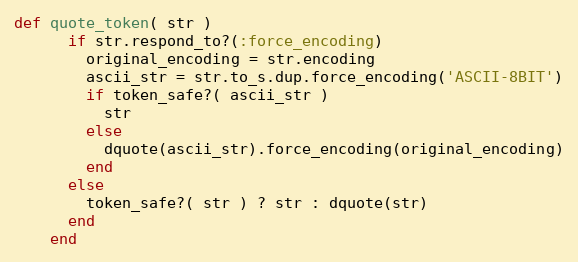
Language: Ruby
def quote_token( str )
      if str.respond_to?(:force_encoding)
        original_encoding = str.encoding
        ascii_str = str.to_s.dup.force_encoding('ASCII-8BIT')
        if token_safe?( ascii_str )
          str
        else
          dquote(ascii_str).force_encoding(original_encoding)
        end
      else
        token_safe?( str ) ? str : dquote(str)
      end
    end